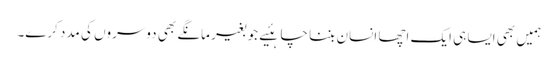
ہمیں بھی ایسا ہی ایک اچھا انسان بننا چاہئیے جو بغیر مانگے بھی دوسروں کی مدد کرے۔